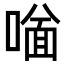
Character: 𠼟